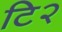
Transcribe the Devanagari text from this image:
टि२